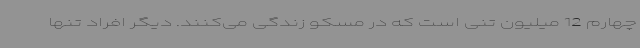
چهارم 12 میلیون تنی است که در مسکو زندگی می‌کنند. دیگر افراد تنها